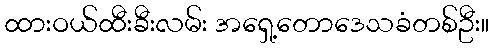
ထားဝယ်ထီးခီးလမ်း အရှေ့တောဒေသခံတစ်ဦး။